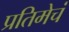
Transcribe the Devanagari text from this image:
प्रतिमेचं